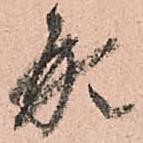
形